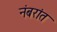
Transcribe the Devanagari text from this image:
नंबरांत